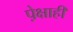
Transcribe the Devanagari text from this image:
पे़क्षाही